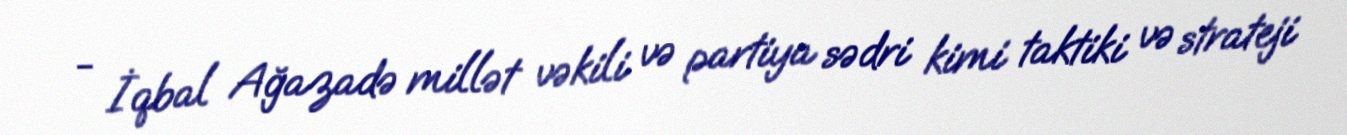
- İqbal Ağazadə millət vəkili və partiya sədri kimi taktiki və strateji